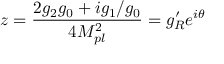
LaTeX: z = \frac { 2 g _ { 2 } g _ { 0 } + i g _ { 1 } / g _ { 0 } } { 4 M _ { p l } ^ { 2 } } = g _ { R } ^ { \prime } e ^ { i \theta }